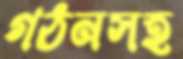
গঠনসহ